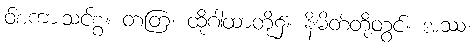
ဝ်စကားသင့်စွ။ တတြ၊ ထိုဂါထာတို့၌။ နိမိတ်တို့တွင်။ အဿ၊